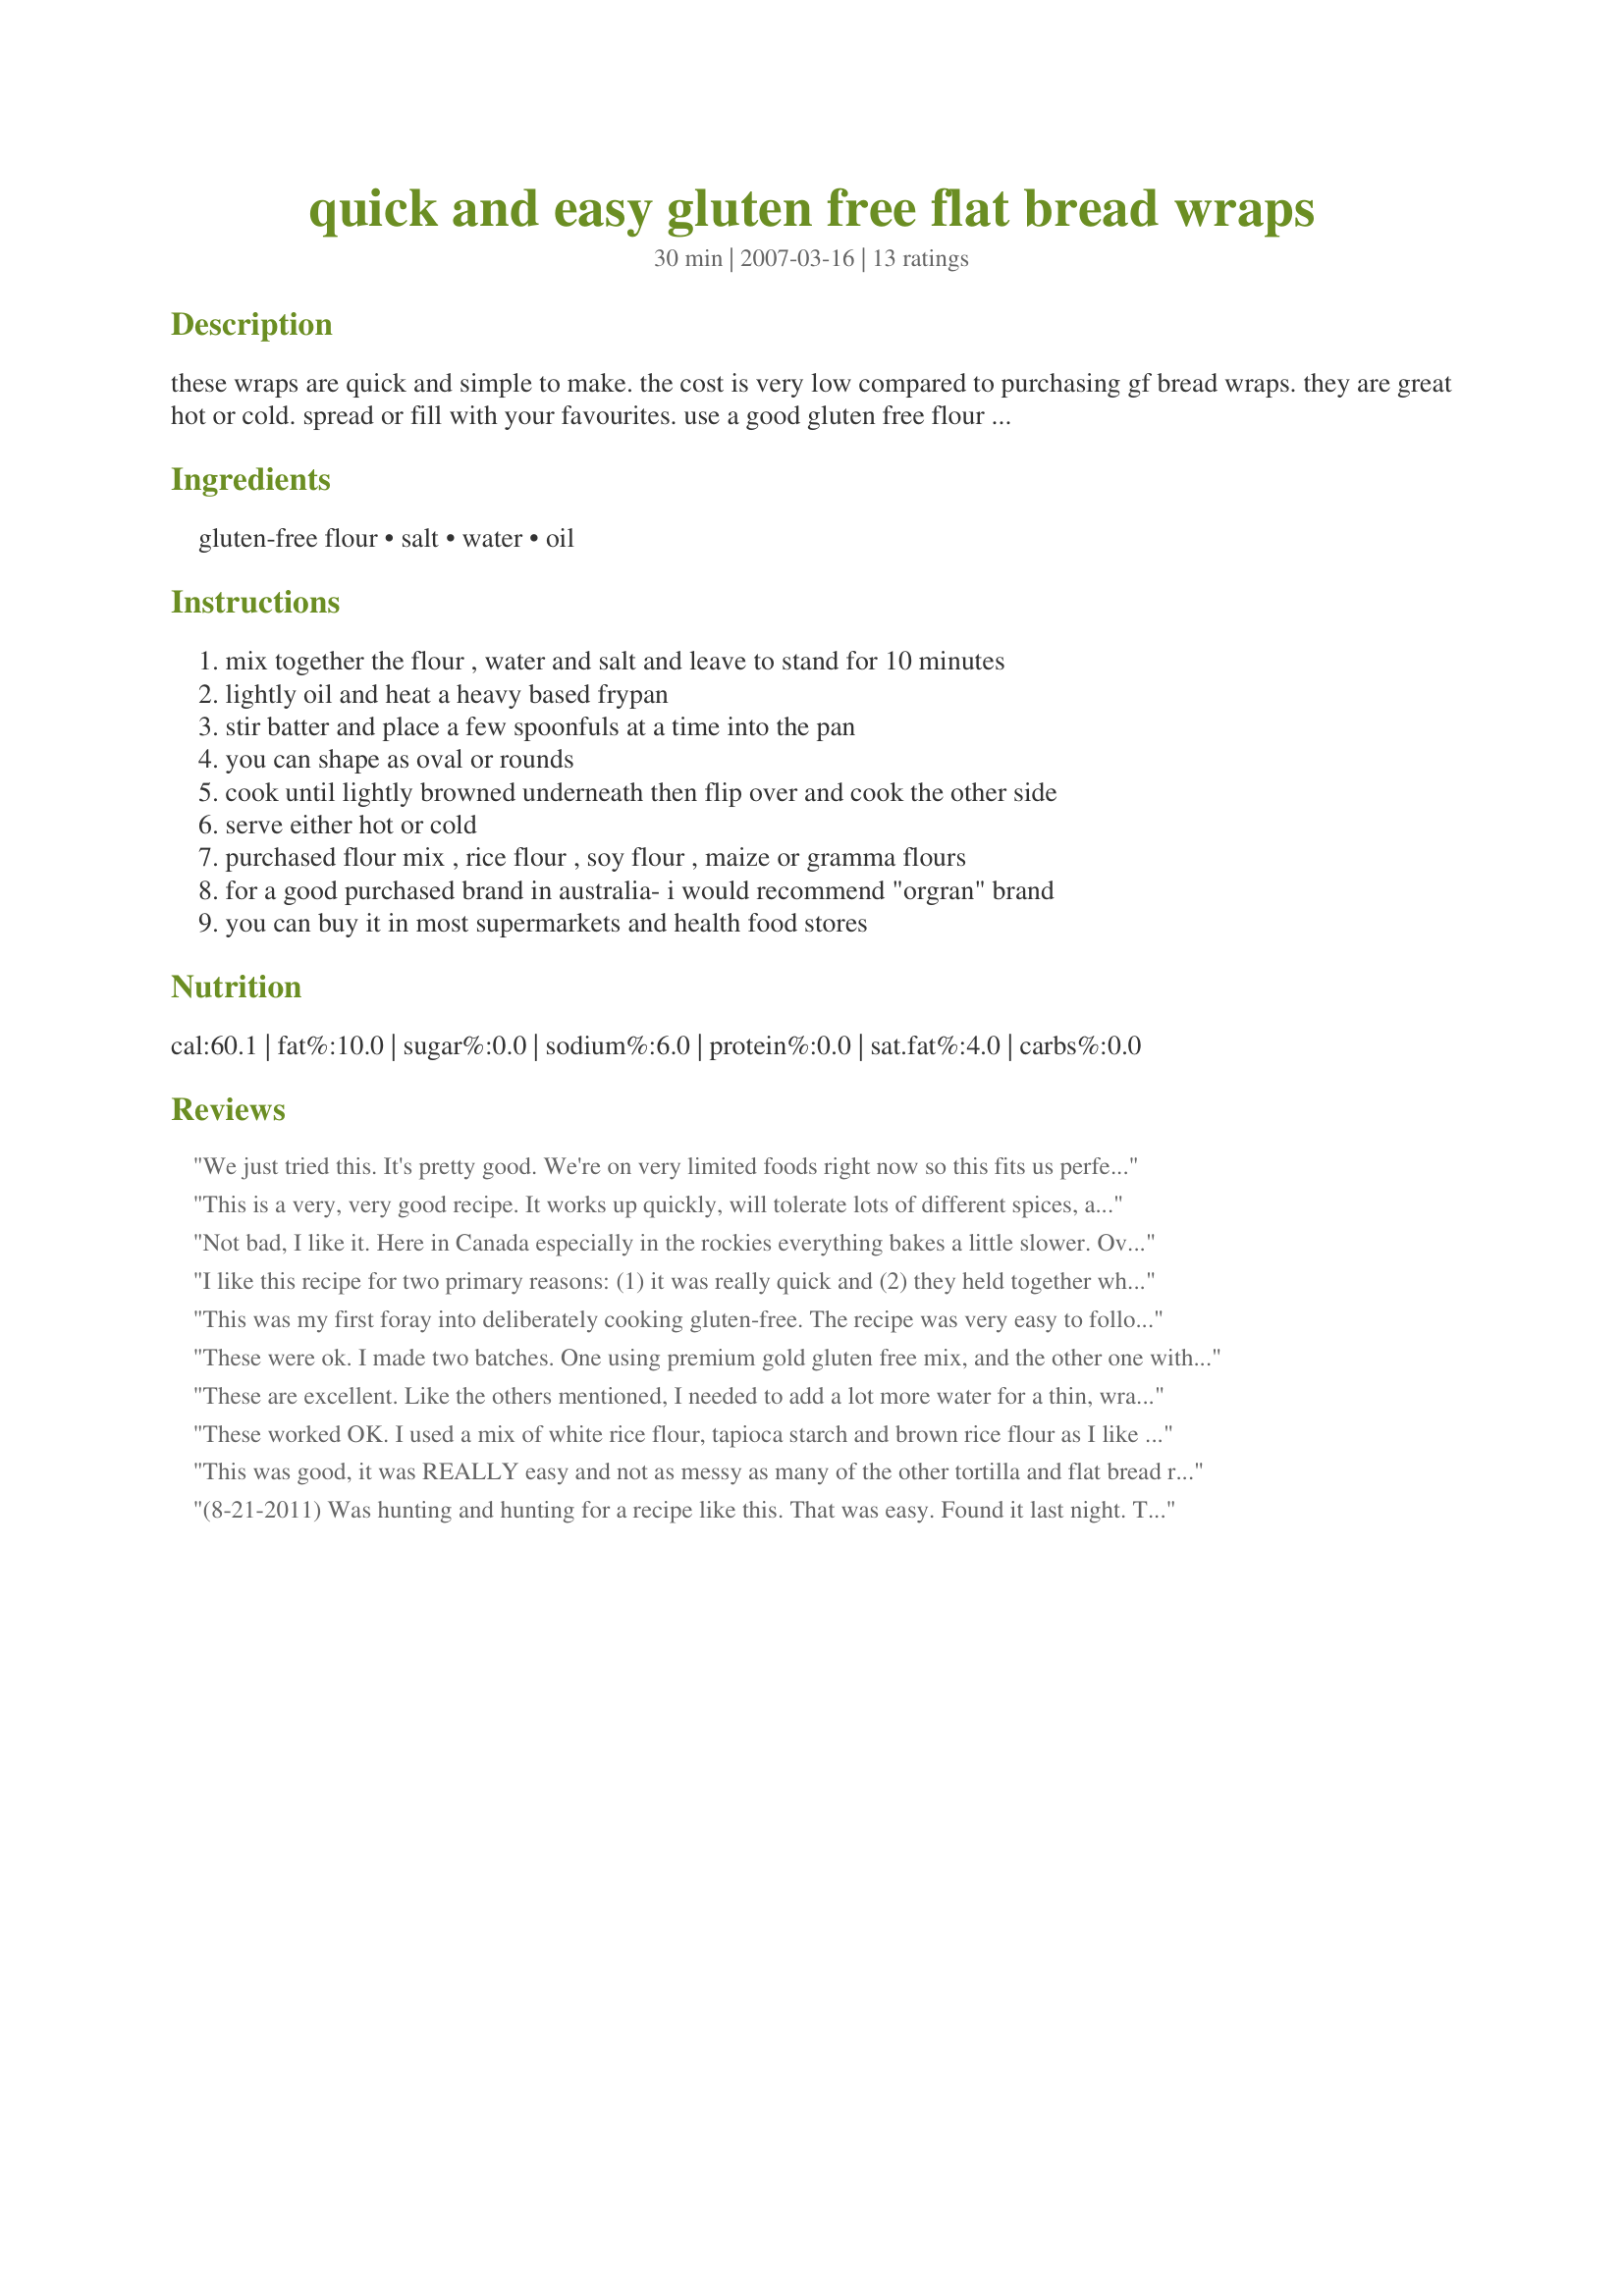
quick and easy gluten free flat bread wraps
Preparation time: 30 minutes

these wraps are quick and simple to make. the cost is very low compared to purchasing gf bread wraps. they are great hot or cold. spread or fill with your favourites. use a good gluten free flour blend. the quality of the blend used does make a difference

Ingredients:
gluten-free flour, salt, water, oil

Steps:
mix together the flour , water and salt and leave to stand for 10 minutes, lightly oil and heat a heavy based frypan, stir batter and place a few spoonfuls at a time into the pan, you can shape as oval or rounds, cook until lightly browned underneath then flip over and cook the other side, serve either hot or cold, purchased flour mix , rice flour , soy flour , maize or gramma flours, for a good purchased brand in australia- i would recommend "orgran" brand, you can buy it in most supermarkets and health food stores

Reviews:
We just tried this. It's pretty good. We're on very limited foods right now so this fits us perfect. It was easy and I used a little over a cup of Bobs Red mill all purpose flour with some guar gum. I had to add a little bit of water but it's a very forgivable recipe. My 20mo loves it and even my NOT gluten free daughters love it as well. You can add some spices to it and I'm sure you could add sugar instead of salt to make it a sweet bread. Thanks for this easy recipe!
This is a very, very good recipe. It works up quickly, will tolerate lots of different spices, and I agree with earlier writer, would work well as a sweet wrap with sugar. I also had to add almost double the water. Be sure to leave the bread on the pan until it is cooked through. Excellent recipe and will be a regular one for me!
Not bad, I like it. Here in Canada especially in the rockies everything bakes a little slower. Over all it&#039;s a damn site better than store bought.
I like this recipe for two primary reasons: (1) it was really quick and (2) they held together while I was eating them. To make the recipe even easier, I put the ingredients into my vitamix. I, too, had to add a bit more water because I wanted to just pour it straight from the vitamix into the pan. It worked! I will try making them with spices this next time so that they offer some additional flavor.
This was my first foray into deliberately cooking gluten-free. The recipe was very easy to follow. I think I bought a different flour, as I had to add more than double the water to get a batter. However, the results were a good GF alternative when we had fajitas. Thanks **Jubes** for a good, practical recipe - will try this again, probably with rice flour next time.
These were ok. I made two batches. One using premium gold gluten free mix, and the other one with ancient grains gluten free flour mix. &lt;br/&gt;The premium gold batch was nutty and very thick. I added up to a quarter cup more water and they were thick! &lt;br/&gt;The ancient grains one was thinner after I added a little more water. &lt;br/&gt;&lt;br/&gt;Both batches came out very doughy on the inside even after they were browned on both sides.&lt;br/&gt;Flavor was good. They kind of tasted like mochi to me.&lt;br/&gt;&lt;br/&gt;We will try again
These are excellent. Like the others mentioned, I needed to add a lot more water for a thin, wrapable wrap! But even the thick one was pretty good! <br/><br/>I'm wondering how they keep. Also the batter...do you think you could leave it in the fridge to use the next day?
These worked OK. I used a mix of white rice flour, tapioca starch and brown rice flour as I like the added taste the later gives. I also had the issue where the water was not enough and ours were definitely not wrap-able as they were too thick due to the batter not being thin enough. I made them again adding dried rosemary more oil and a lot more water. The dried rosemary gave them a very nice light flavour. Hot they were a bit crispier which we, DD (toddler) and I preferred, left to sit they became a bit more crepe like but easier to wrap that way. I used about 3/4 cup flour in all, sea salt & canola oil. I may make these again.
This was good, it was REALLY easy and not as messy as many of the other tortilla and flat bread recipes I've made in the past. I used the Manini's bread mix (USA), but decreased the oil by about half. I didn't have much time to monitor it on the stove so after it got a bit brown I stuck it in the oven at 400 degrees F and let it finish. We ate it at dinner, even the kids loved it and I'm making more now for our lunches tomorrow.
(8-21-2011) Was hunting and hunting for a recipe like this. That was easy. Found it last night. Tried it today. It was really good. Will be making it again. Made great sandwhiches. I just started back on the Gluten Free. So, trying to find easy, inexpensive recipes. And this one works for me. Thanks for the easy recipe.
I used a brown rice flour mix (b. rice, potato starch and tapioca flour) ,,needed a lot more water to make it easy to pour and spread,, I like the texture of them, even if a little thick, added some garlic/pepper,,,very nice flavor, will see how they hold up overnight. Would try these again. It gave me the confidence to experiment more. I like the posts written, many other places, people write about how they like the idea of the recipe, but are not able to give comments on the finished product and give helpful advice to those who come after. So a big thank you to those who went before. ;)
Very quick and simple is right! I had a little trouble spreading mine in the pan, so I'm thinking I need to play around with the quantity of water with my particular flour blend. Thanks for sharing!
Like others had to add quite a bit of water to get a thinner result. I used cup for cup gf flour. They looked good, but tasted one and it was like eating white flour paste consistence once it hit your moulth. Baby rice cereal. yack.
